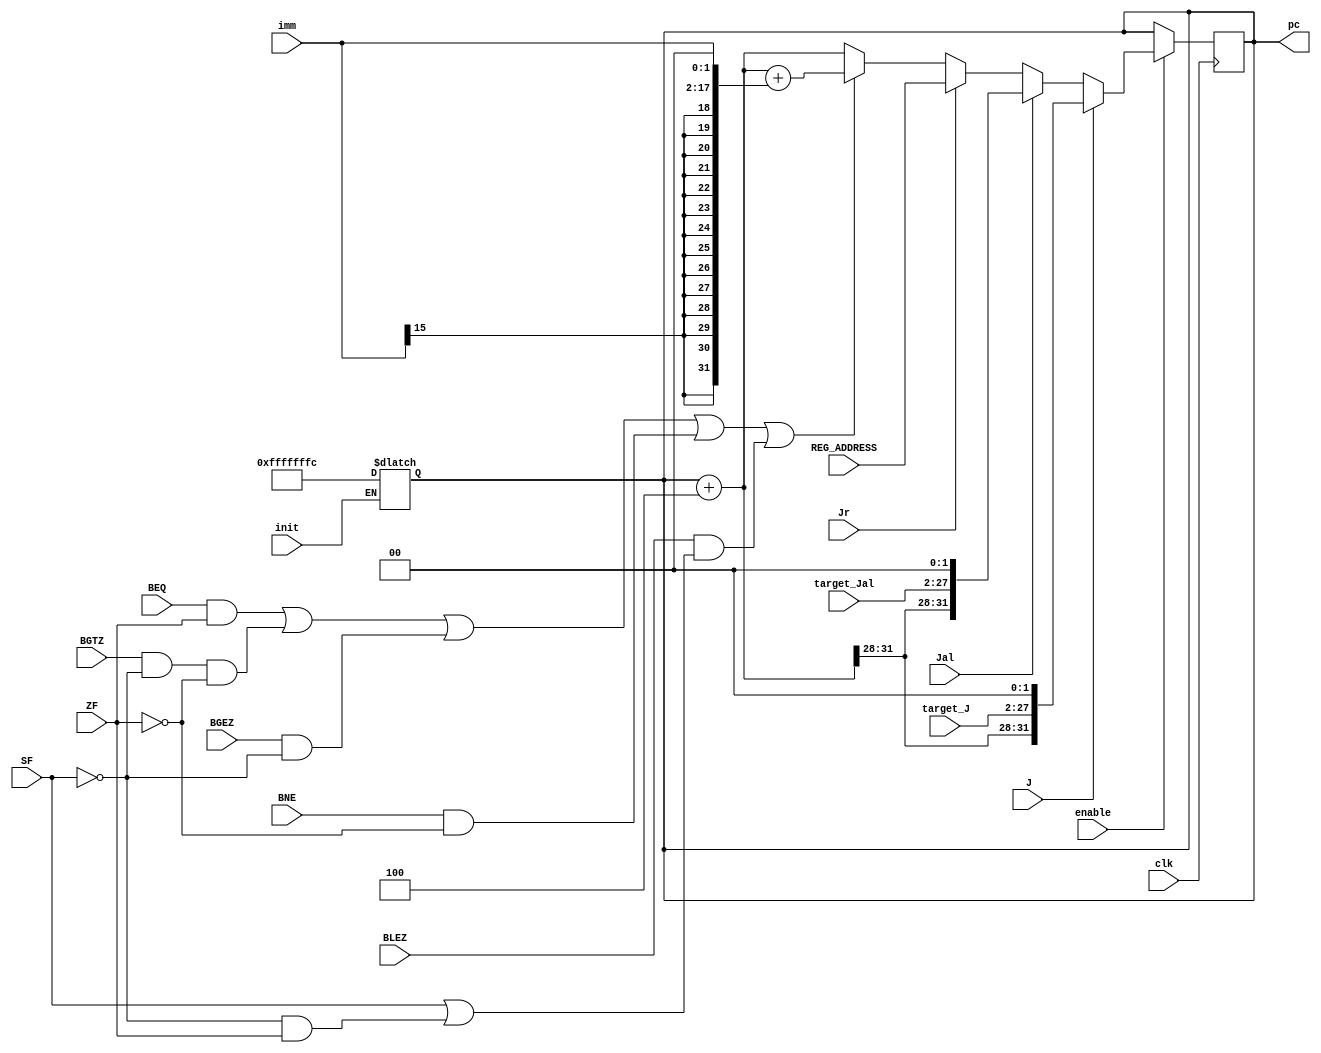
// This program was cloned from: https://github.com/Aurora2580/verilog
// License: MIT License

module NPC(J, Jal, Jr,  BEQ, BGTZ, BGEZ, BNE, BLEZ, target_J, target_Jal, REG_ADDRESS, ZF, SF, imm, pc, clk, init, enable);
    input J, Jal, Jr, BEQ, BGTZ, BGEZ, BNE, BLEZ, ZF, SF, clk, init, enable;
    input [15:0] imm;
    input [25:0] target_J, target_Jal;
    input [31:0] REG_ADDRESS;
    output reg [31:0] pc;

    always @(init) begin // nop
        pc = init?-32'h4:pc;
    end

    always @(negedge clk) begin
        #1;
        if(!enable)
        begin
            pc = pc;
        end
        else
        begin
            pc = pc + 4;
            if(J)
            begin
                pc = {pc[31:28],target_J,2'b00};
            end
            else if(Jal)
            begin
                pc = {pc[31:28],target_Jal,2'b00};
            end
            else if(Jr)
            begin
                pc = REG_ADDRESS;
            end
            else
            begin
                if((BEQ && ZF)||(BGTZ && !SF && !ZF)||(BGEZ && !SF)||(BNE && !ZF)||(BLEZ &&(SF||(!SF && ZF))))
                begin
                    pc = pc + {{14{imm[15]}},imm,2'b00}; //
                end
            end
        end
    end
endmodule